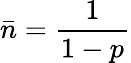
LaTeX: \bar{n}=\frac{1}{1-p}